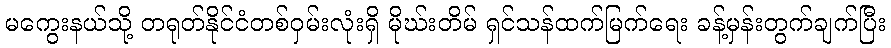
မကွေးနယ်သို့ တရုတ်နိုင်ငံတစ်ဝှမ်းလုံးရှိ မိုဃ်းတိမ် ရှင်သန်ထက်မြက်ရေး ခန့်မှန်းတွက်ချက်ပြီး